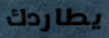
يطاردك